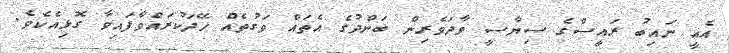
އެއީ ނައިބު ރައީސްގެ ސިޔާސީ ވާދަވެރިން ބަންދުގެ އެތައް ވަގުތެއް ހޭދަކުރައްވާފައިވާ ގޮޅިއެކެވެ.